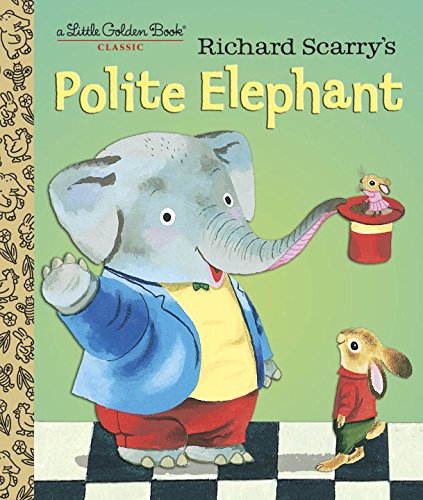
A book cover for Richard Scarry's Polite Elephant (Little Golden Book); Richard Scarry; Children's Books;